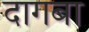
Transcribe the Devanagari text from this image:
दागबा